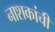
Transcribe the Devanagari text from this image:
नाशकांची